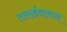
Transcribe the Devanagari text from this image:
तलाईवासल